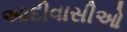
આદીવાસીઓ